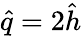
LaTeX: \hat{q}=2\hat{h}